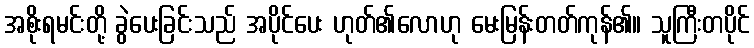
အစိုးရမင်းတို့ ခွဲပေးခြင်းသည် အပိုင်ပေး ဟုတ်၏လောဟု မေးမြန်းတတ်ကုန်၏။ သူကြီးတပိုင်